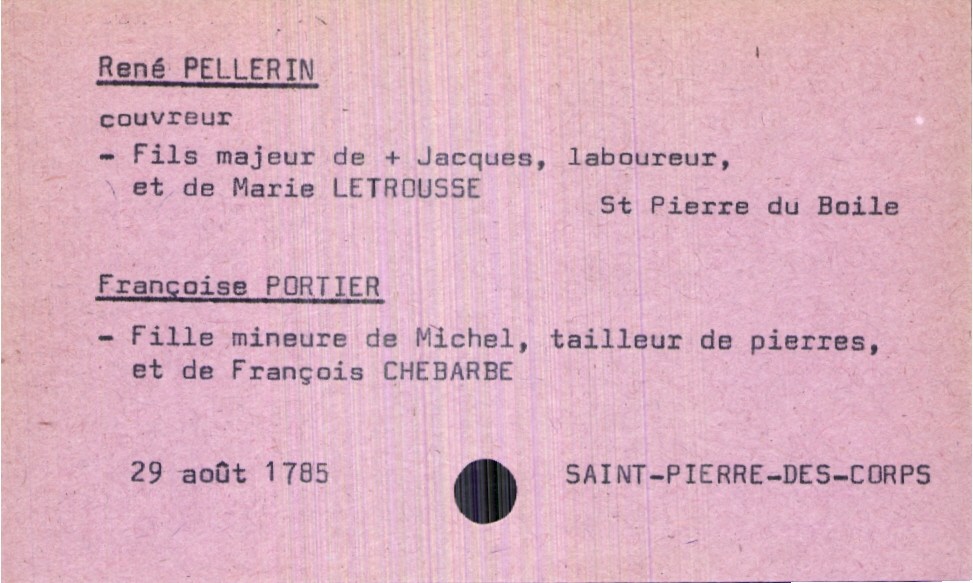
type_acte: Mariage
année: 1785
mois: août
jour: 29
paroisse: Saint-Pierre-des-Corps
marié_nom: Pellerin
marié_prénom: René
marié_profession: couvreur
marié_lieu_de_naissance: Saint Pierre du Boile
père_marié_nom: Pellerin
père_marié_prénom: Jacques
père_marié_profession: laboureur
père_marié_statut: décédé
mère_marié_nom: Letrousse
mère_marié_prénom: Marie
mariée_nom: Portier
mariée_prénom: Françoise
père_mariée_nom: Portier
père_mariée_prénom: Michel
père_mariée_profession: tailleur de pierres
mère_mariée_nom: Chebarbe
mère_mariée_prénom: François